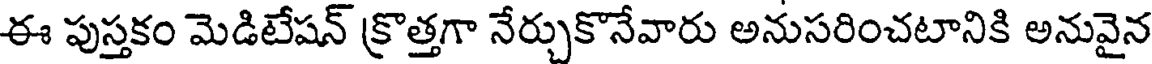
ఈ పుస్తకం మెడిటేషన్ క్రొత్తగా నేర్చుకొనేవారు అనుసరించటానికి అనువైన